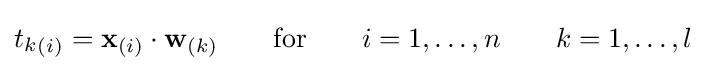
{t_{k}}_{(i)}=\mathbf {x} _{(i)}\cdot \mathbf {w} _{(k)}\qquad \mathrm {for} \qquad i=1,\dots ,n\qquad k=1,\dots ,l